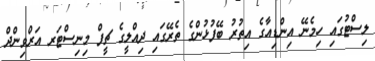
ލިސްޓުގައި ހިމެނޭ އިންޑިއާގެ އިތުރު ބޭފުޅުންގެ ތެރޭގައި ދިއްލީގެ ޗީފް މިނިސްޓަރ އަރްވިންދް